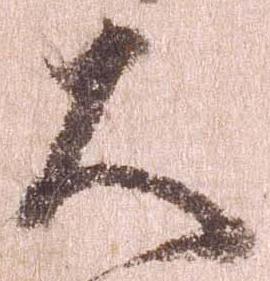
大